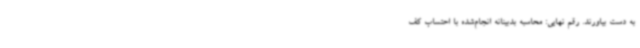
به دست بیاورند. رقم نهایی: محاسبه بدبینانه انجام‌شده با احتساب کف